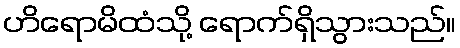
ဟိရောမိထံသို့ ရောက်ရှိသွားသည်။